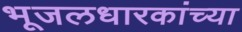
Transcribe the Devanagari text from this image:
भूजलधारकांच्या